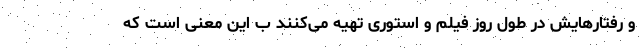
و رفتارهایش در طول روز فیلم و استوری تهیه می‌کنند ب این معنی است که